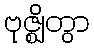
ဗုဇ္ဈိတွာ